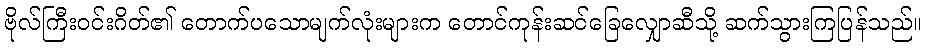
ဗိုလ်ကြီးဝင်းဂိတ်၏ တောက်ပသောမျက်လုံးများက တောင်ကုန်းဆင်ခြေလျှောဆီသို့ ဆက်သွားကြပြန်သည်။